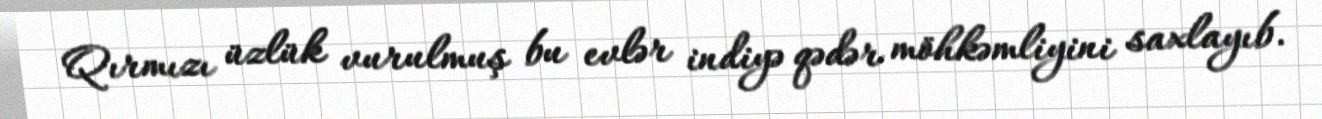
Qırmızı üzlük vurulmuş bu evlər indiyə qədər möhkəmliyini saxlayıb.